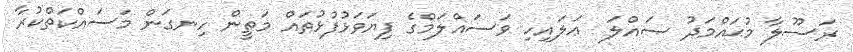
ރަސޫލާ މުޙައްމަދު ޞައްލަ  ޢަލައިހި ވަސައްލަމްގެ ފިޔަވަޅުފުޅުތައް މަތީން ހިނގަން މަސައްކަތްކުރާ